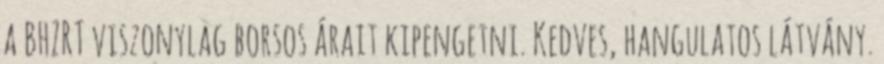
a BHZRT viszonylag borsos árait kipengetni. Kedves, hangulatos látvány.